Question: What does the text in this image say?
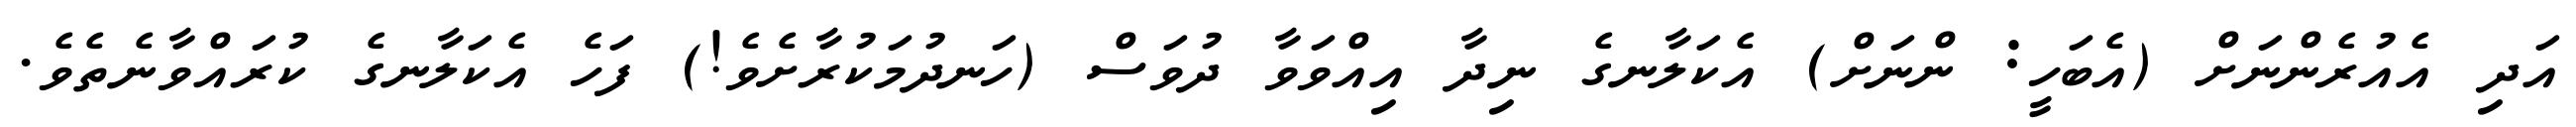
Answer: އަދި އެއުރެންނަށް (އެބަހީ: ންނަށް) އެކަލާނގެ ނިދާ އިއްވަވާ ދުވަސް (ހަނދުމަކުރާށެވެ!) ފަހެ އެކަލާނގެ ކުރައްވާނެތެވެ.